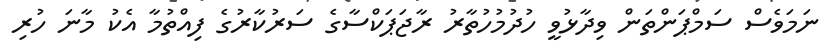
ނަމަވެސް ސަމްޕަންތަން ވިދާޅުވީ ހުދުމުހުތާރު ރާޖަޕަކްސާގެ ސަރުކާރުގެ ފިއްތުމާ އެކު މާނަ ހުރި